Vaccination in Bombay 1856-1862 - 1856-1862
Year: 1856
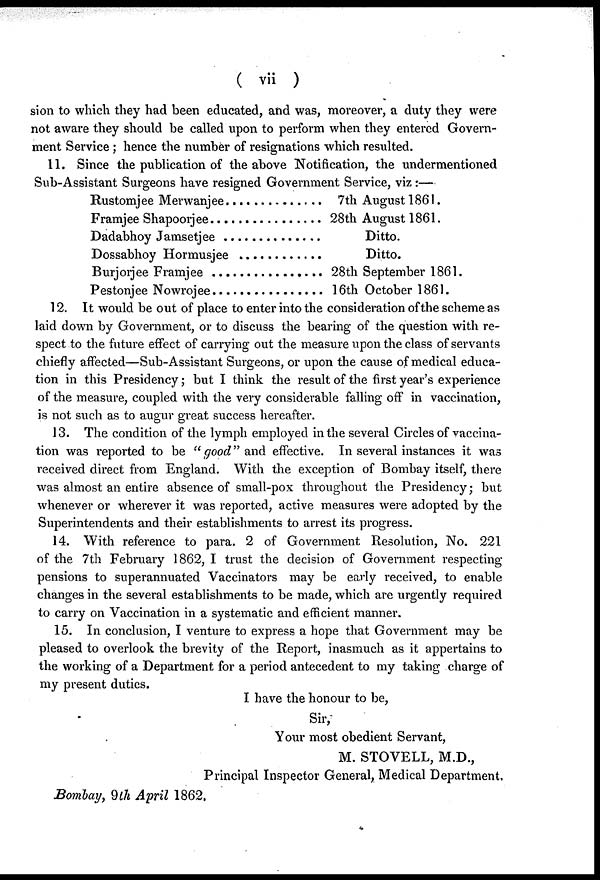
( vii )
sion to which they had been educated, and was, moreover, a duty they were
not aware they should be called upon to perform when they entered Govern-
ment Service ; hence the number of resignations which resulted.
11. Since the publication of the above Notification, the undermentioned
Sub-Assistant Surgeons have resigned Government Service, viz :—
Rustomjee Merwanjee . . . . . . . . . . . .
Framjee Shapoorjee . . . . . . . . . . . .
Dadabhoy Jamsetjee . . . . . . . . . . .
Dossbhoy Hormusjee . . . . . . . . . . . .
Burjorjee Framjee . . . . . . . . . . . .
Pestonjee Nowrojee . . . . . . . . . . . .
7th August 1861.
28th August 1861.
Ditto.
Ditto.
28th September 1861.
16th October 1861.
12. It would be out of place to enter into the consideration of the scheme as
laid down by Government, or to discuss the bearing of the question with re-
spect to the future effect of carrying out the measure upon the class of servants
chiefly affected—Sub-Assistant Surgeons, or upon the cause of medical educa-
tion in this Presidency; but I think the result of the first year's experience
of the measure, coupled with the very considerable falling off in vaccination,
is not such as to augur great success hereafter.
13. The condition of the lymph employed in the several Circles of vaccina-
tion was reported to be " good" and effective. In several instances it was
received direct from England. With the exception of Bombay itself, there
was almost an entire absence of small-pox throughout the Presidency; but
whenever or wherever it was reported, active measures were adopted by the
Superintendents and their establishments to arrest its progress.
14. With reference to para. 2 of Government Resolution, No. 221
of the 7th February 1862, I trust the decision of Government respecting
pensions to superannuated Vaccinators may be early received, to enable
changes in the several establishments to be made, which are urgently required
to carry on Vaccination in a systematic and efficient manner.
15. In conclusion, I venture to express a hope that Government may be
pleased to overlook the brevity of the Report, inasmuch as it appertains to
the working of a Department for a period antecedent to my taking charge of
my present duties.
I have the honour to be,
Sir,
Your most obedient Servant,
M. STOVELL, M.D.,
Principal Inspector General, Medical Department.
Bombay, 9th April 1862.